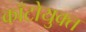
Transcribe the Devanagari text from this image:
काँटोयुक्त